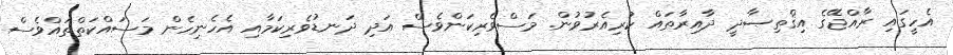
އެހީގައި ރާއްޖޭގެ އިޤްތިޞާދީ ދާއިރާތައް ކުރިއެރުވުން. މަސްވެރިކަންވެސް އަދި ދަނޑުވެރިކަމާއި އެހެނިހެން މަސައްކަތްތައްވެސް